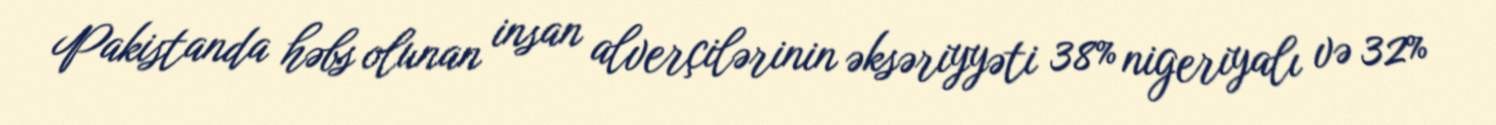
Pakistanda həbs olunan insan alverçilərinin əksəriyyəti 38% nigeriyalı və 32%